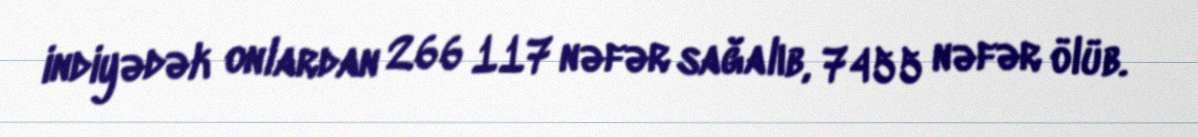
indiyədək onlardan 266 117 nəfər sağalıb, 7455 nəfər ölüb.